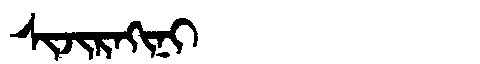
Manchu: ᠰᡳᠵᡳᡵᠠᡴᡳᠨᡳ
Romanization: SIJIRAKINI